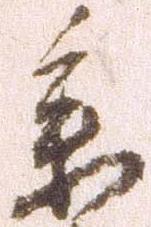
参